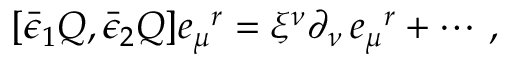
{ } [ \bar { \epsilon } _ { 1 } Q , \bar { \epsilon } _ { 2 } Q ] e _ { \mu } { } ^ { r } = \xi ^ { \nu } \partial _ { \nu } \, e _ { \mu } { } ^ { r } + \cdots \, ,